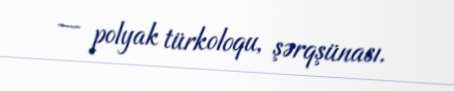
— polyak türkoloqu, şərqşünası.